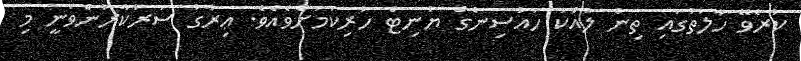
ކުރެވޭ ހާލަތުގައި ތިން ލައްކަ ހައުސިންގް ޔުނިޓް ހުރިކަމަށްވެއެވެ. ޢިރާގު ސަރުކާރުންވަނީ މި